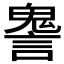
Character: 𧫏